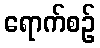
ရောက်စဉ်